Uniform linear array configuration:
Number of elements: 24
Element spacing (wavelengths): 0.5
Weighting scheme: kaiser
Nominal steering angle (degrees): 0
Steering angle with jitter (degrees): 0.06577
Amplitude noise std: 0.05
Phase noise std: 0.05

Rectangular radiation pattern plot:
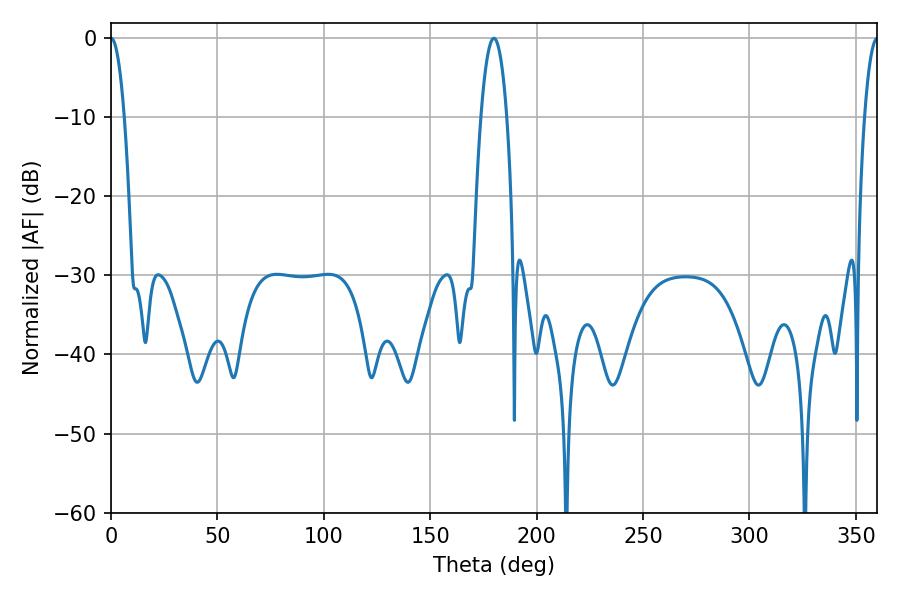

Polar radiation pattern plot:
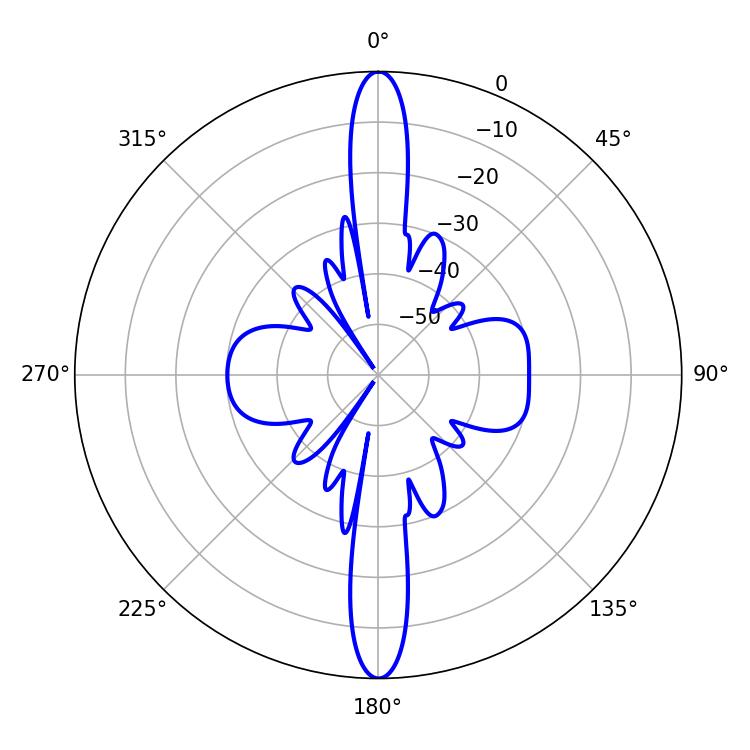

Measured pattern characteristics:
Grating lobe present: FALSE
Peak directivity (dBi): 33.893
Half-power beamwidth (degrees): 3.42
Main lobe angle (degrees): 0